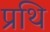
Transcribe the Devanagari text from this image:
प्रथि